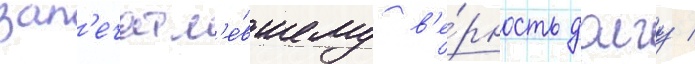
зап'ечатл'е́вшему в'е́рность долгу /